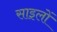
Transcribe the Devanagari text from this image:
साइलों